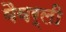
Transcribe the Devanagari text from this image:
वैवर्ली